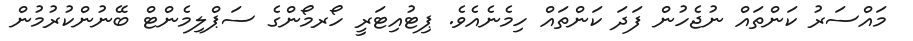
މައްސަރު ކަންތައް ނުޖެހުން ފަދަ ކަންތައް ހިމެނެއެވެ. ޕިޓުއިޓަރީ ހޯރމޯންގެ ސަޕްލިމެންޓް ބޭނުންކުރުމުން